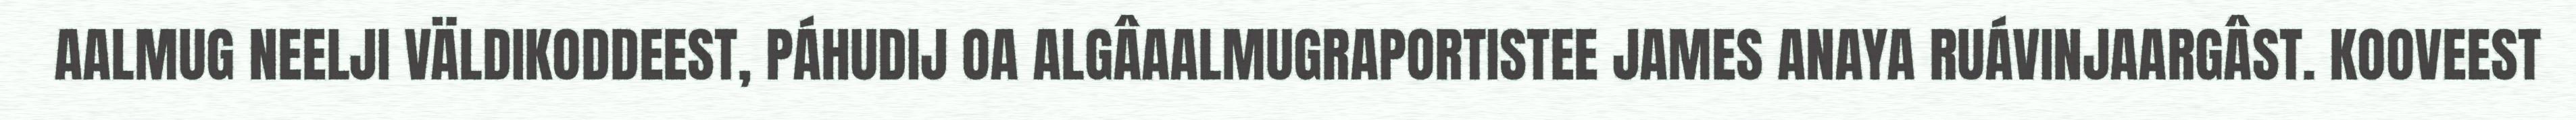
AALMUG NEELJI VÄLDIKODDEEST, PÁHUDIJ OA ALGÂAALMUGRAPORTISTEE JAMES ANAYA RUÁVINJAARGÂST. KOOVEEST